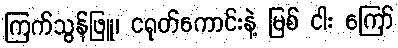
ကြက်သွန်ဖြူ၊ ငရုတ်ကောင်းနဲ့ မြစ် ငါး ကြော်